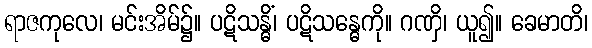
ရာဇကုလေ၊ မင်းအိမ်၌။ ပဋိသန္ဓိံ၊ ပဋိသန္ဓေကို။ ဂဏှိ၊ ယူ၍။ ခေမာတိ၊